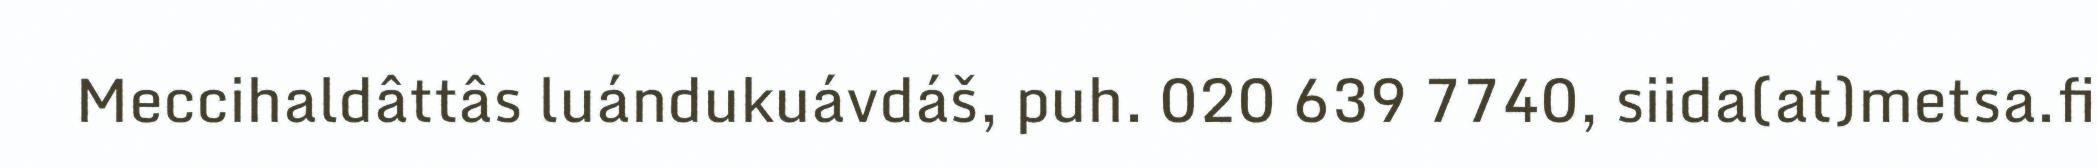
Meccihaldâttâs luándukuávdáš, puh. 020 639 7740, siida(at)metsa.fi